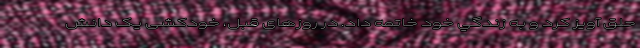
حلق آويز كرد و به زندگي خود خاتمه داد. در روزهای قبل، خودکشی یک دانش